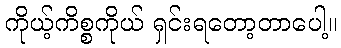
ကိုယ့်ကိစ္စကိုယ် ရှင်းရတော့တာပေါ့။